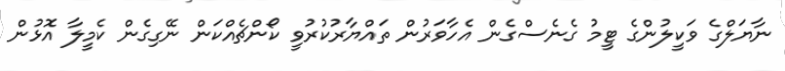
ނާޔަލްގެ ވަކީލުންގެ ޓީމު ގެނެސްގެން އެހާވަރުން ތައްޔާރުކުރުވީ ކޯންޗެއްކަން ނޭގިގެން ކެމީލާ އޮޅުން